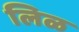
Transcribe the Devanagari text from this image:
लिळ